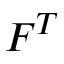
F ^ { T }